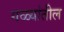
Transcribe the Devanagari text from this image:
गळ्यांतील